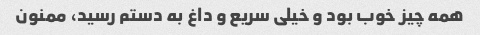
همه چیز خوب بود و خیلی سریع و داغ به دستم رسید، ممنون